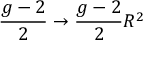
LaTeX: { \frac { g - 2 } { 2 } } \to { \frac { g - 2 } { 2 } } R ^ { 2 }